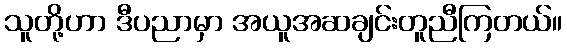
သူတို့ဟာ ဒီပညာမှာ အယူအဆချင်းတူညီကြတယ်။